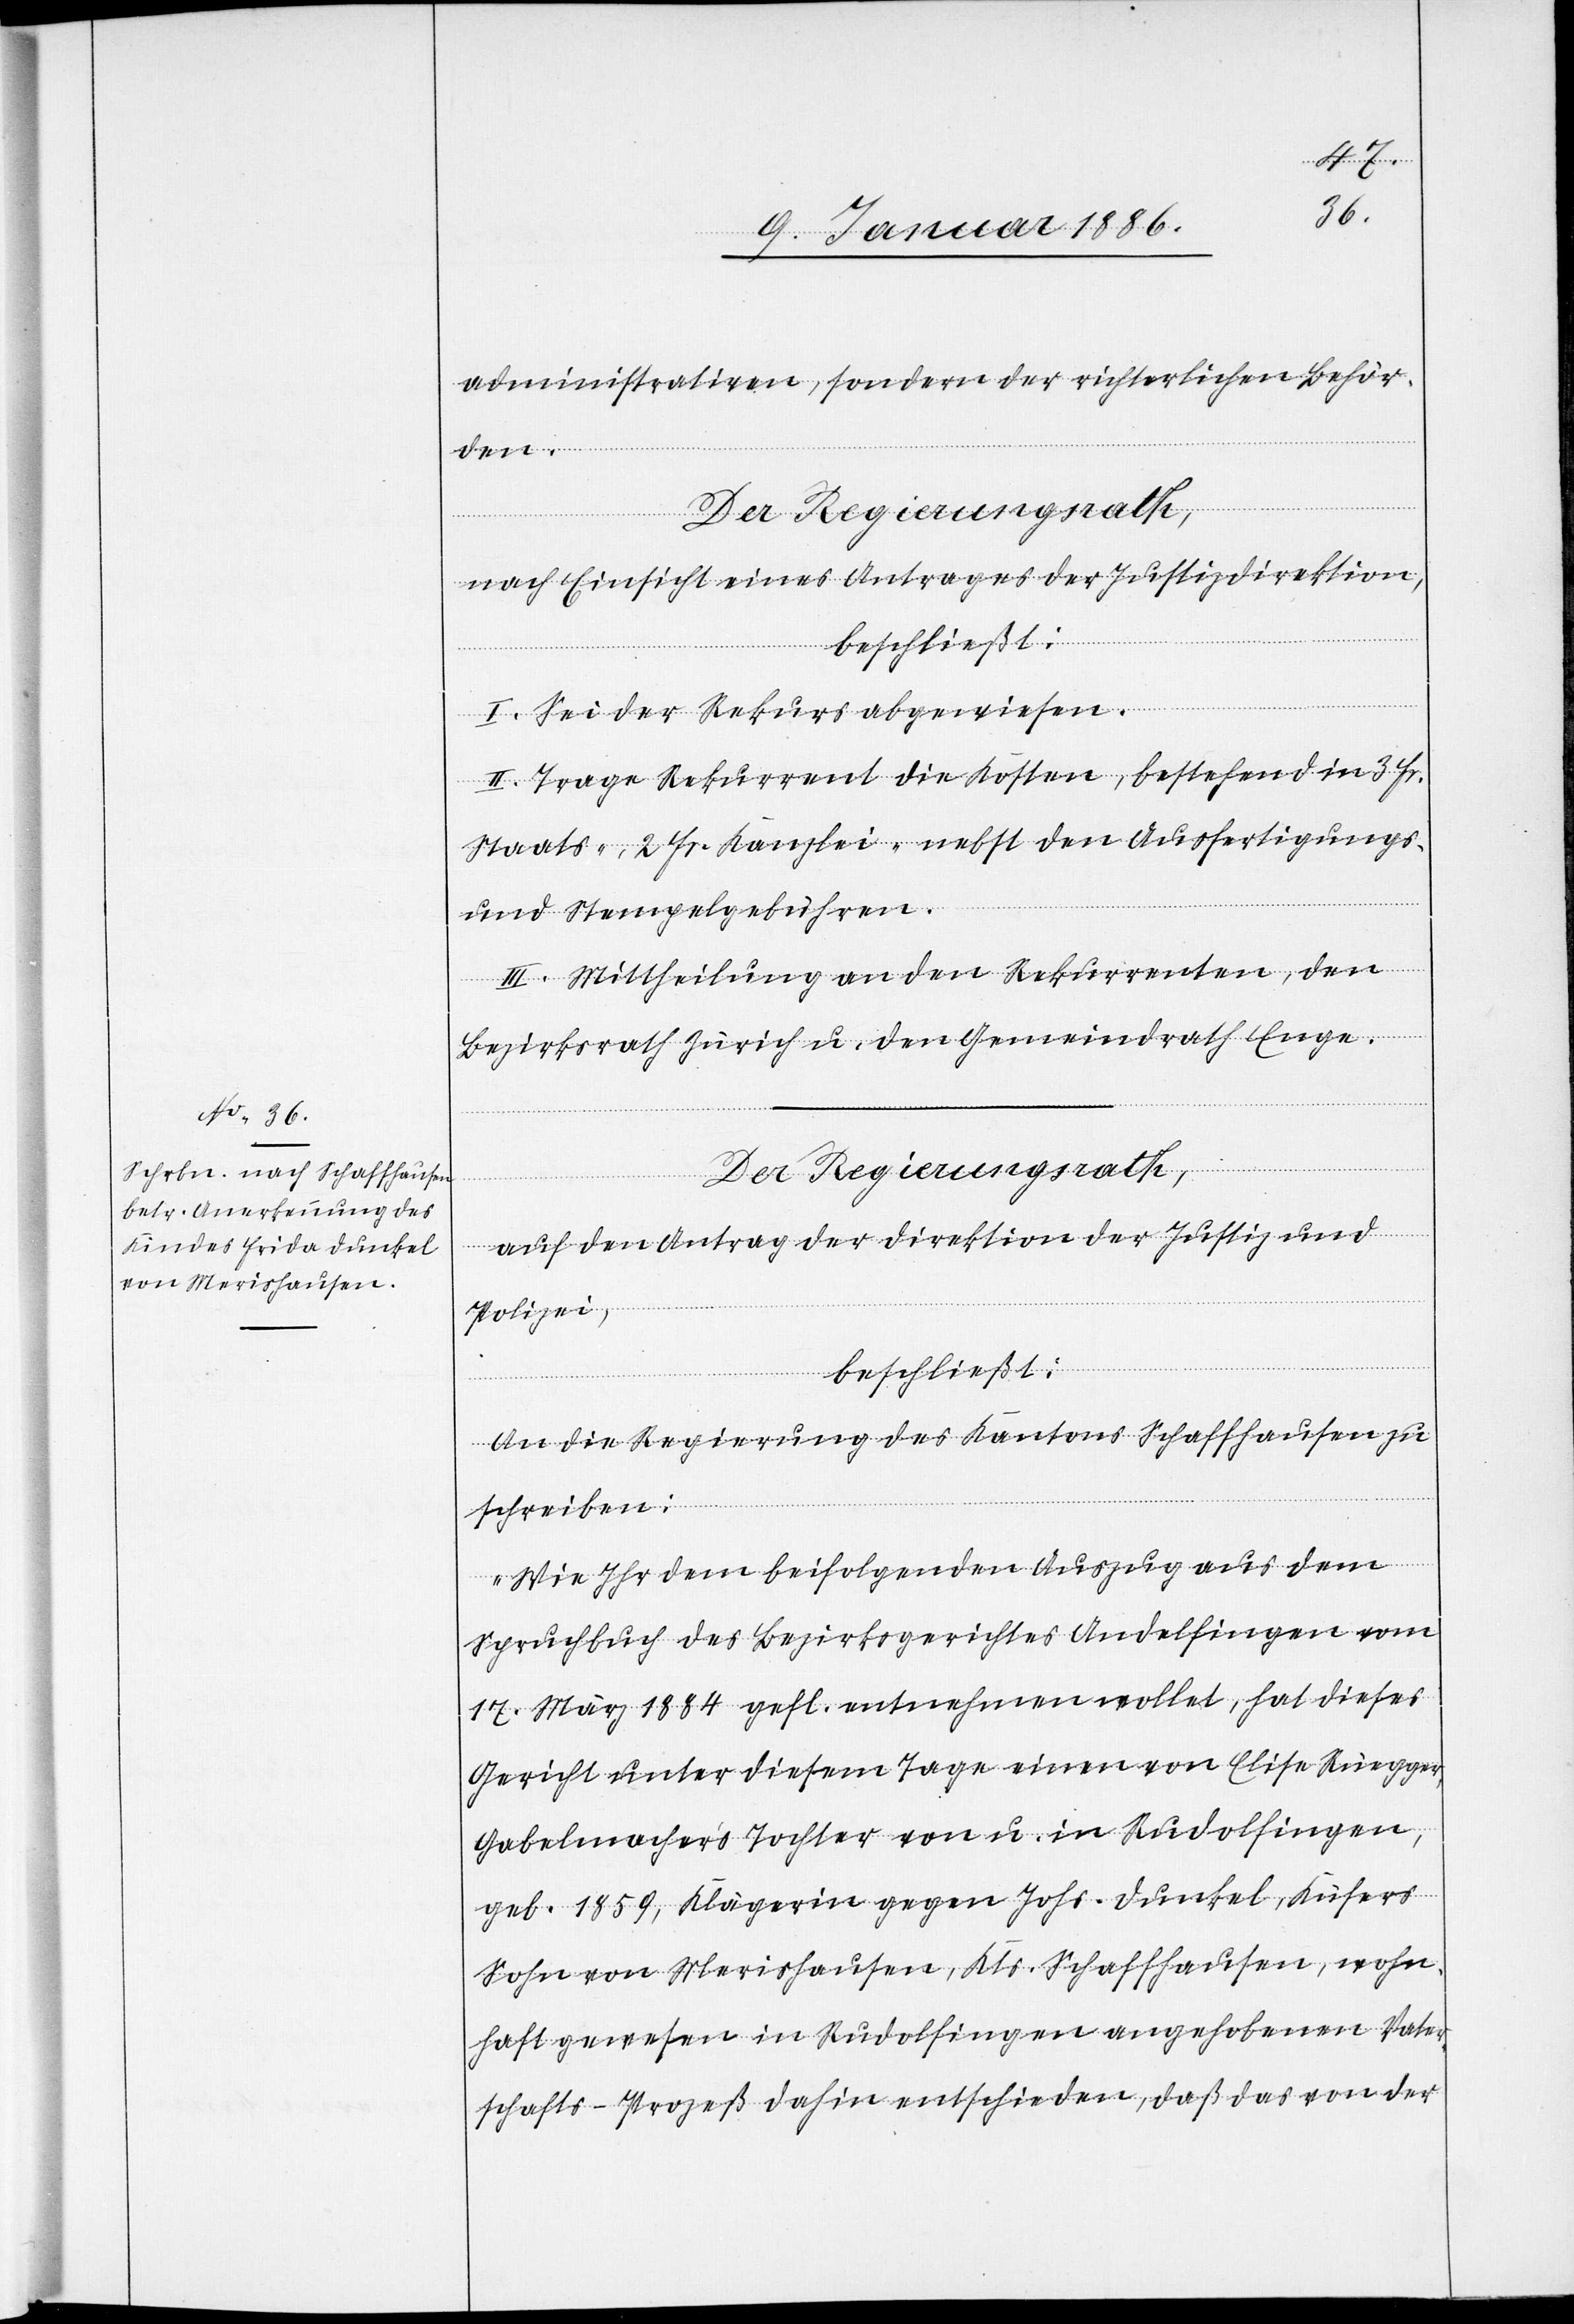
administrativen, sondern der richterlichen Behör¬
Der Regierungsrath,
nach Einsicht eines Antrages der Justizdirektion,
beschließt;
I. Sei der Rekurs abgewiesen.
II. Trage Rekurrent die Kosten, bestehend in 3 Fr.
Staats-, 2 Fr. Kanzlei- nebst den Ausfertigungs-
und Stempelgebühren.
III. Mittheilung an den Rekurrenten, den
Bezirksrath Zürich u. den Gemeindrath Enge.
auf den Antrag der Direktion der Justiz und
Polizei,
beschließt:
An die Regierung des Kantons Schaffhausen zu
de.
schreiben:
„Wie Ihr dem beifolgenden Auszug aus dem
Spruchbuch des Bezirksgerichtes Andelfingen vom
17. März 1884 gefl. entnehmen wollet, hat dieses
Gericht unter diesem Tage einen von Elise Rüegger,
Gabelmacher’s Tochter von u. in Rudolfingen,
geb. 1859, Klägerin gegen Johs. Dunkel, Küfers
Sohn von Merishausen, Kts. Schaffhausen, wohn¬
haft gewesen in Rudolfingen angehobenen Vater¬
schafts-Prozeß dahin entschieden, daß das von der